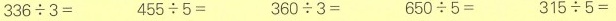
$$3 3 6 \div 3 =$$ $$4 5 5 \div 5 =$$ $$3 6 0 \div 3 =$$ $$6 5 0 \div 5 =$$ $$ 3 1 5 \div 5 =$$